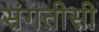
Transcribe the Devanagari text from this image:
संगतीसी